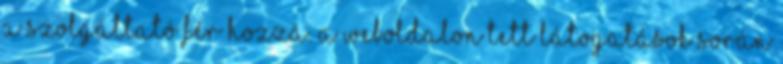
a Szolgáltató fér hozzá. A Weboldalon tett látogatások során